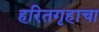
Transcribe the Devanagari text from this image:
हरितगृहाचा